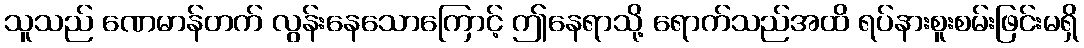
သူသည် ဏေမာန်တက် လွန်းနေသောကြောင့် ဤနေရာသို့ ရောက်သည်အထိ ရပ်နားစူးစမ်းဖြင်းမရှိ